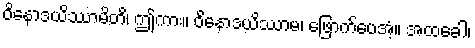
ဝိနောဒယိဿာမိတိ၊ ဤကား။ ဝိနောဒယိဿာမ၊ ဖြောက်ပေအံ့။ အထခေါ၊